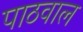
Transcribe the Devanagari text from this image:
पाठवाल